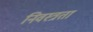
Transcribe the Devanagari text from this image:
निवस्त्रता